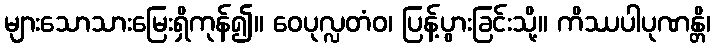
များသောသားမြေးရှိကုန်၍။ ဝေပုလ္လတံဝ၊ ပြန့်ပွားခြင်းသို့။ ကိဿပါပုဏန္တိ၊